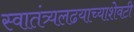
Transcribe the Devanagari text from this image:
स्वातंत्र्यलढयाच्याशेवटी